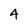
Character: 4